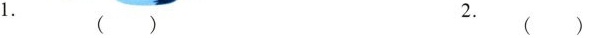
1.() 2.()